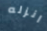
انزله